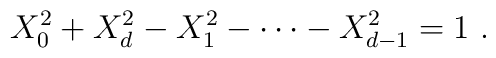
X_0^2+X_d^2 - X_1^2 -\cdots -X_{d-1}^2 =1\ .